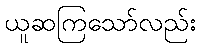
ယူဆကြသော်လည်း